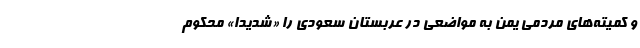
و کمیته‌های مردمی یمن به مواضعی در عربستان سعودی را «شدیداً» محکوم